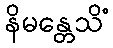
နိမန္တေသိံ